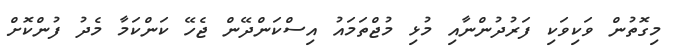
މިގޮތުން ވަކިވަކި ފަރުދުންނާއި މުޅި މުޖްތަމައު އިސްކަންދޭން ޖެހޭ ކަންކަމާ މެދު ފުންކޮށް